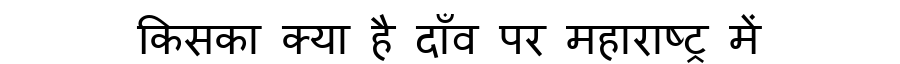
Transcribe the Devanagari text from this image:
किसका क्या है दाँव पर महाराष्ट्र में